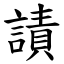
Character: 謮